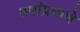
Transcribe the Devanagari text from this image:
वर्षाप्रमाणे